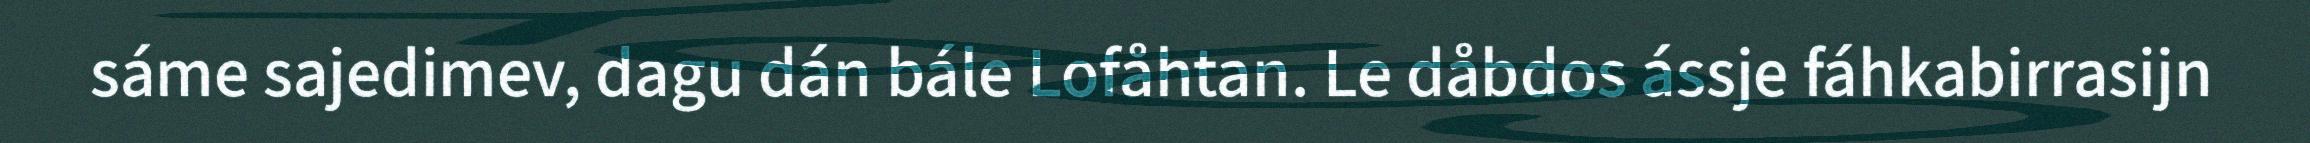
sáme sajedimev, dagu dán bále Lofåhtan. Le dåbdos ássje fáhkabirrasijn